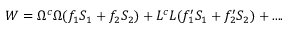
W = \Omega ^ { c } \Omega ( f _ { 1 } S _ { 1 } + f _ { 2 } S _ { 2 } ) + { L } ^ { c } L ( f _ { 1 } ^ { \prime } S _ { 1 } + f _ { 2 } ^ { \prime } S _ { 2 } ) + . . . .